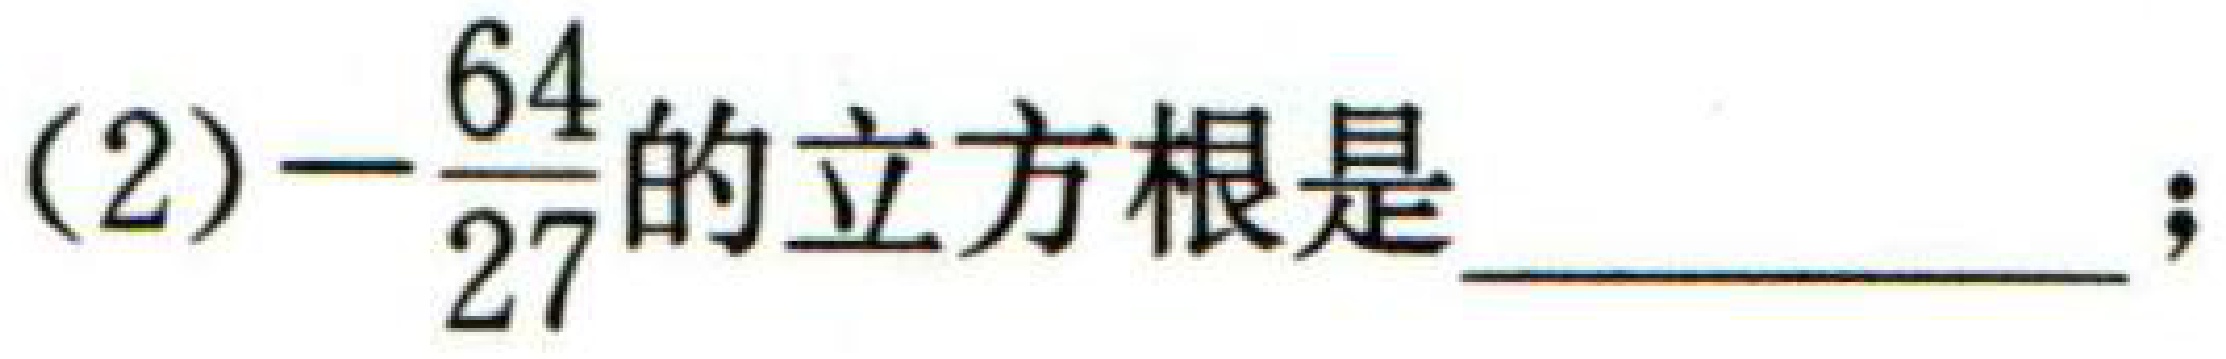
(2)$-\dfrac{64}{27}$的立方根是  ；